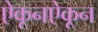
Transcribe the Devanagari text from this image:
ऐकूनऐकून